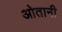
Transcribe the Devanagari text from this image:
ओतानी